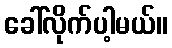
ခေါ်လိုက်ပါ့မယ်။